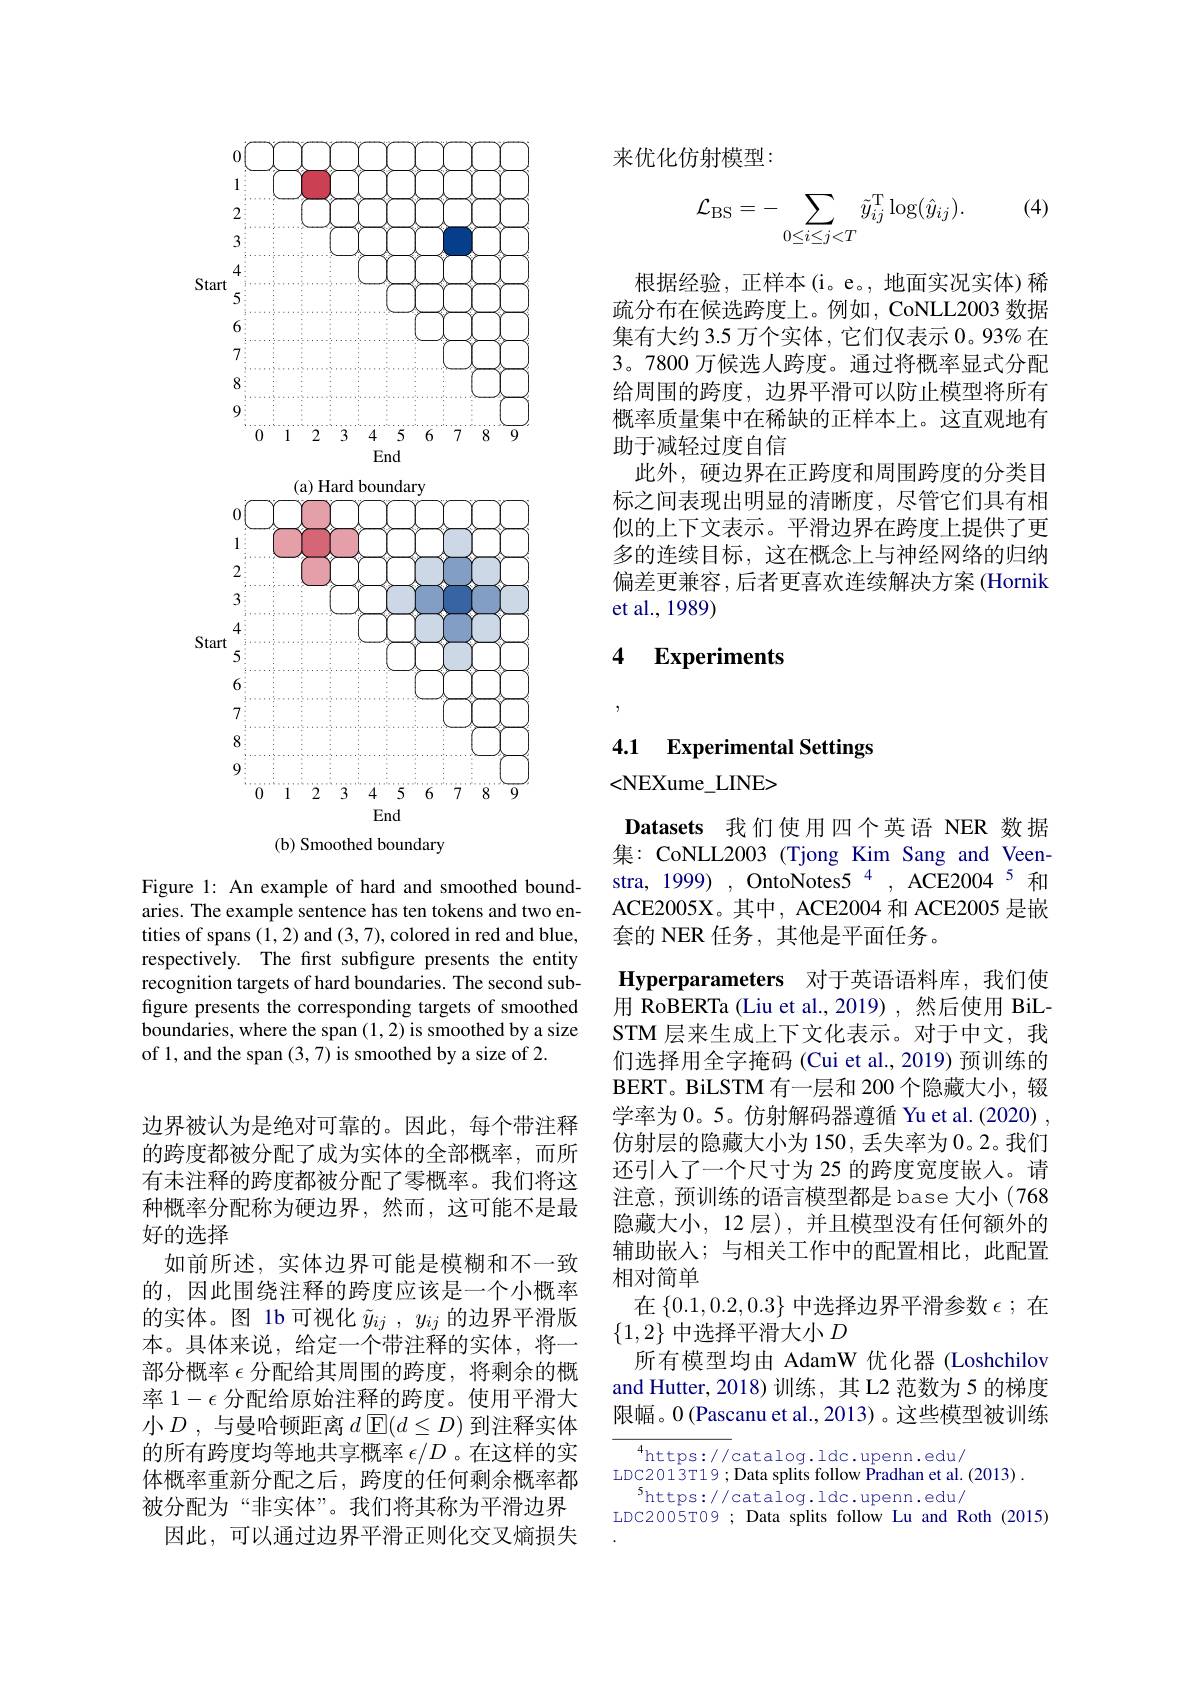
来优化仿射模型：

(4)
$$\mathcal{L}_{\mathrm{BS}}=-\sum_{0\leq i\leq j<T}\tilde{y}_{ij}^{\mathrm{T}}\log(\hat{y}_{ij}).$$
根据经验，正样本(i。e。,地面实况实体)稀疏分布在候选跨度上。例如，CoNLL2003 数据集有大约 3.5 万个实体，它们仅表示 0。93% 在3。7800 万候选人跨度。通过将概率显式分配给周围的跨度，边界平滑可以防止模型将所有概率质量集中在稀缺的正样本上。这直观地有助于减轻过度自信
此外，硬边界在正跨度和周围跨度的分类目标之间表现出明显的清晰度，尽管它们具有相似的上下文表示。平滑边界在跨度上提供了更多的连续目标，这在概念上与神经网络的归纳偏差更兼容，后者更喜欢连续解决方案(Hornik et al., 1989)

# 4 $\textbf{Experiments}$

<FigureHere>

Figure 1: An example of hard and smoothed bound-

aries. The example sentence has ten tokens and two entities of spans (1,2) and (3,7),colored in red and blue, respectively. The first subfigure presents the entity recognition targets of hard boundaries. The second subfigure presents the corresponding targets of smoothed boundaries, where the span (1,2) is smoothed by a size of 1, and the span (3,7) is smoothed by a size of 2.

边界被认为是绝对可靠的。因此，每个带注释的跨度都被分配了成为实体的全部概率，而所有未注释的跨度都被分配了零概率。我们将这种概率分配称为硬边界，然而，这可能不是最好的选择
如前所述，实体边界可能是模糊和不一致的，因此围绕注释的跨度应该是一个小概率的实体。图 1b 可视化$\tilde{y}_{ij},y_{ij}$的边界平滑版本。具体来说，给定一个带注释的实体，将一部分概率$\epsilon$分配给其周围的跨度，将剩余的概率 1$-\epsilon$分配给原始注释的跨度。使用平滑大小$D$,与曼哈顿距离$d$ $\mathbb{E}(d\leq D)$ 到注释实体的所有跨度均等地共享概率$\epsilon/D$ 。在这样的实体概率重新分配之后，跨度的任何剩余概率都被分配为“非实体”。我们将其称为平滑边界
因此，可以通过边界平滑正则化交叉熵损失

4.1 Experimental Settings

<NEXume\_LINE>
Datasets 我们使用四个英语 NER 数据集：CoNLL2003 (Tjong Kim Sang and Veenstra, 1999) , OntoNotes5 $^{4}$, ACE2004$^{5}$和ACE2005X。其中，ACE2004 和 ACE2005 是嵌套的 NER 任务 ,其他是平面任务。
Hyperparameters 对于英语语料库，我们使用 RoBERTa (Liu et al.,2019) ,然后使用 BiLSTM 层来生成上下文化表示。对于中文，我们选择用全字掩码 (Cui et al., 2019) 预训练的BERT。BiLSTM 有一层和 200 个隐藏大小，辍学率为0。5。仿射解码器遵循 Yu et al.(2020) , 仿射层的隐藏大小为 150, 丢失率为 0。2。我们还引人了一个尺寸为 25 的跨度宽度嵌入。请注意，预训练的语言模型都是 base 大小 (768隐藏大小，12 层),并且模型没有任何额外的辅助嵌入；与相关工作中的配置相比，此配置相对简单
在$\left\{0.1,0.2,0.3\right\}$中选择边界平滑参数$\epsilon;$在
$\{1,2\}$中选择平滑大小$D$
所有模型均由 AdamW 优化器 (Loshchilov and Hutter, 2018) 训练，其 L2 范数为 5 的梯度限幅。0 (Pascanu et al., 2013) 。这些模型被训练
$^{4}$https://catalog.ldc.upenn.edu/

LDC2013T19; Data splits follow Pradhan et al. (2013)
$^5$https://catalog.ldc.upenn.edu/
LDC2005T09 ; Data splits follow Lu and Roth (2015)